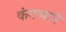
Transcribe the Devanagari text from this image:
कंगव्याने